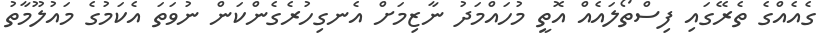
ގެއެއްގެ ތެރޭގައި ފިސްތޯލައެއް އޮތީ މުހައްމަދު ނާޒިމަށް އެނގިހުރެގެންކަން ނުވަތަ އެކަމުގެ މައުލޫމާތު